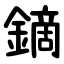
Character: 鏑